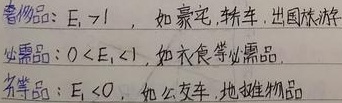
奢侈品：\(E_d>1\)，如豪宅，轿车，出国旅游。
必需品：\(0 < E_d<1\)，如衣食等必需品。
劣等品：\(E_d < 0\)，如公交车，地摊物品。